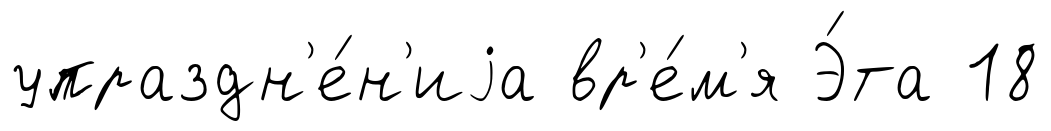
упраздн'е́н'иjа вр'е́м'я Э́та 18